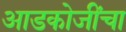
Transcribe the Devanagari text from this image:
आडकोजींचा